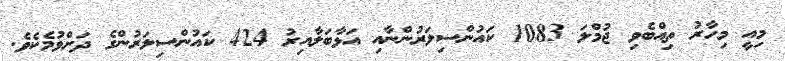
މިއީ މިހާރު ތިއްބެވި ޖުމްލަ 1083 ކައުންސިލަރުންނާއި އަޅާބަލާއިރު 424 ކައުންސިލަރުންގެ ދަށްވުމެކެވެ.